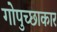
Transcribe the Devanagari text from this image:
गोपुच्छाकार